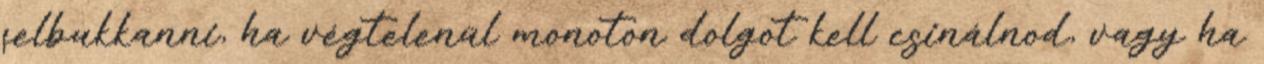
felbukkanni, ha végtelenül monoton dolgot kell csinálnod, vagy ha